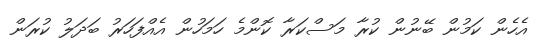
އެހެން ކަމުން ބޭނުން ކުރާ މަސްކަރާ ކޮންމެ ހަމަހުން އެއްފަހަރު ބަދަލު ކުރަން